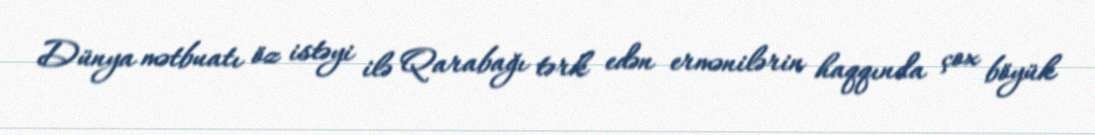
Dünya mətbuatı öz istəyi ilə Qarabağı tərk edən ermənilərin haqqında çox böyük